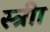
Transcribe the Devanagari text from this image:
स्त्रीा